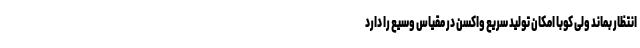
انتظار بماند ولی کوبا امکان تولید سریع واکسن در مقیاس وسیع را دارد